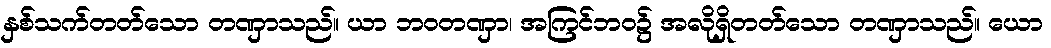
နှစ်သက်တတ်သော တဏှာသည်။ ယာ ဘဝတဏှာ၊ အကြင်ဘဝ၌ အလိုရှိတတ်သော တဏှာသည်။ ယော